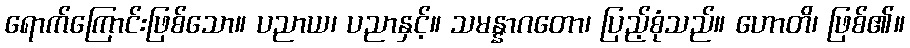
ရောက်ကြောင်းဖြစ်သော။ ပညာယ၊ ပညာနှင့်။ သမန္နာဂတော၊ ပြည့်စုံသည်။ ဟောတိ၊ ဖြစ်၏။